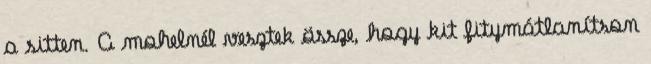
a sitten. A mohelnél vesztek össze, hogy kit fitymátlanítson